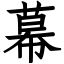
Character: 幕